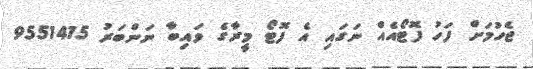
ޖެހުމަށް ފަހު ފޮޓޯއެއް ނަގައި އެ ފޮޓޯ މީރާގެ ވައިބާ ނަންބަރު 9551415